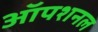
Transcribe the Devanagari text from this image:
ऑपशनल